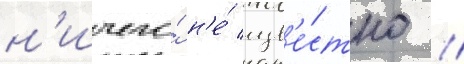
н'ичего́ н'е́ изв'е́стно //